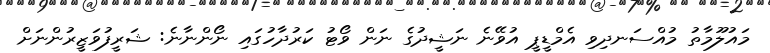
މައުލޫމާތު މުއްސަނދިވި އެމްޑީޕީ އުވޭނެ ނަޝީދުގެ ނަން ވޯޓު ކަރުދާހުގައި ނޯންނާނެ: ޝަރީފުވަޒީރުންނަށް